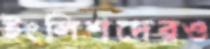
ইংলিশদেরও